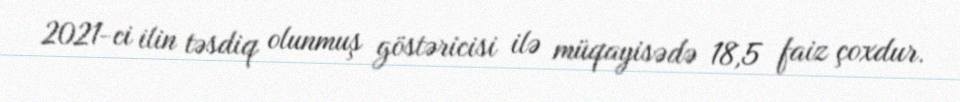
2021-ci ilin təsdiq olunmuş göstəricisi ilə müqayisədə 18,5 faiz çoxdur.